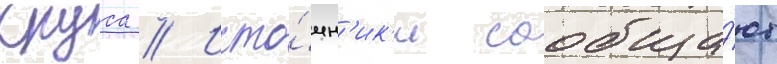
круса // Исто́чн'ик'и сообща́ют